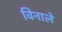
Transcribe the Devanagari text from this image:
विनाले